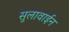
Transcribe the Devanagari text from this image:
सुलावाईन